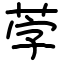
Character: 茡